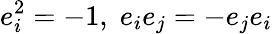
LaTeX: e_{i}^{2}=-1,\; e_{i}e_{j}=-e_{j}e_{i}